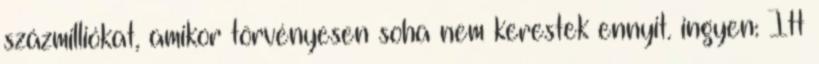
százmilliókat, amikor törvényesen soha nem kerestek ennyit. ingyen: Itt